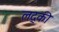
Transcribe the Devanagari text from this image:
लद्की